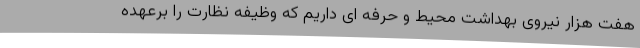
هفت هزار نیروی بهداشت محیط و حرفه ای داریم که وظیفه نظارت را برعهده